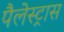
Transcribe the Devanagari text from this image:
पैलेस्ट्रास